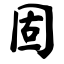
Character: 固